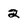
Character: 2